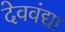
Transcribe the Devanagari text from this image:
देववंद्या